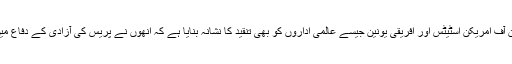
تنظیم نے اقوام متحدہ، آرگنائزیشن آف امریکن اسٹیٹس اور افریقی یونین جیسے عالمی اداروں کو بھی تنقید کا نشانہ بنایا ہے کہ انھوں نے پریس کی آزادی کے دفاع میں نیم دلی سے اقدامات کیئے ہیں۔